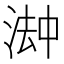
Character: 𬈅